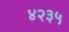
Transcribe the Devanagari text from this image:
४२३५